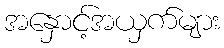
အနှောင့်အယှက်များ